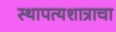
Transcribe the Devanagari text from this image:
स्थापत्यशात्राचा